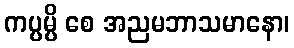
ကပ္ပမ္ပိ စေ အညမဘာသမာနော၊